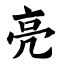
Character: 亮